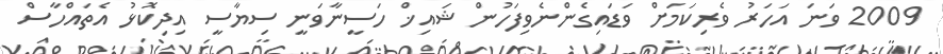
2009 ވަނަ އަހަރު ވެރިކަމަށް ވަޑައިގެންނެވިފަހުން ޝައިޚް ހަސީނާވަނީ ސިޔާސީ އިދިކޮޅު އެތައްހާސް